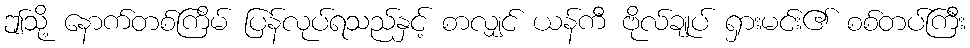
ဤသို့ နောက်တစ်ကြိမ် ပြန်လုပ်ရသည်နှင့် စာလျှင် ယန်ကီ ဗိုလ်ချုပ် ရှားမင်း၏ စစ်တပ်ကြီး